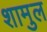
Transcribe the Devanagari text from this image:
शामुल